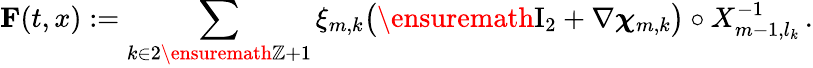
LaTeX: \mathbf{F}(t,x):=\sum_{k\in 2\ensuremath{\mathbb{Z}}+1}\xi_{m,k}\bigl(\ensuremath{\mathrm{I}_{2}}+\nabla{\boldsymbol{\chi}}_{m,k}\bigr)\circ X_{m-1,l_{k}}^{-1}\, .